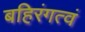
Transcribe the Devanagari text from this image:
बहिरंगत्वं